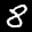
Label: 8